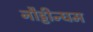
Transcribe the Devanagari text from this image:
नौट्टीन्घम